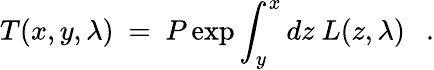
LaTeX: T(x,y,\lambda)~=~P\exp\int_{y}^{x}dz~L(z,\lambda)~~~.